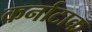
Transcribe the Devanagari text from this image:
कर्नाटाक